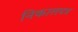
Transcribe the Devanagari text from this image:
निकालपत्र